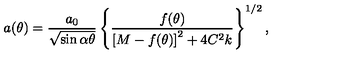
a ( \theta ) = \frac { a _ { 0 } } { \sqrt { \sin \alpha \theta } } \left\{ \frac { f ( \theta ) } { \left[ M - f ( \theta ) \right] ^ { 2 } + 4 C ^ { 2 } k } \right\} ^ { 1 / 2 } ,